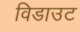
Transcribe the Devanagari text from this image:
विडाउट